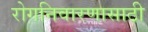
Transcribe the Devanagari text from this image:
रोगनिवारणासाठी